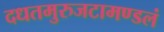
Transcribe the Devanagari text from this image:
दधतमुरुजटामण्डलं